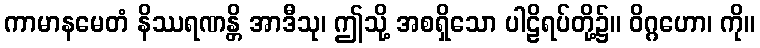
ကာမာနမေတံ နိဿရဏန္တိ အာဒီသု၊ ဤသို့ အစရှိသော ပါဠိရပ်တို့၌။ ဝိဂ္ဂဟော၊ ကို။